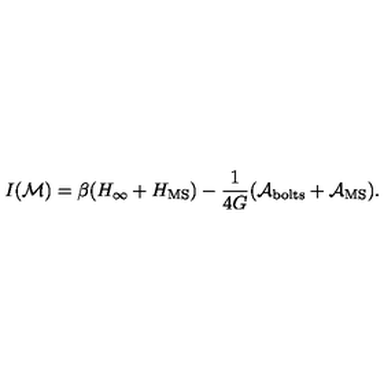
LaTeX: I ( { \cal M } ) = \beta ( H _ { \infty } + H _ { \mathrm { M S } } ) - \frac { 1 } { 4 G } ( { \cal A } _ { \mathrm { b o l t s } } + { \cal A } _ { \mathrm { M S } } ) .